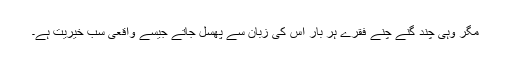
مگر وہی چند گنے چنے فقرے ہر بار اس کی زبان سے پھسل جاتے جیسے واقعی سب خیریت ہے۔